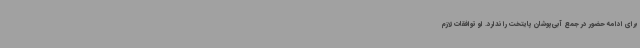
برای ادامه حضور در جمع آبی‌پوشان پایتخت را ندارد. او توافقات لازم